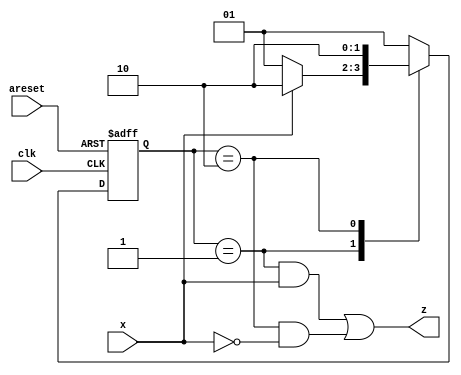
//
//
// https://hdlbits.01xz.net/wiki/Exams/ece241_2014_q5b
//
//

`default_nettype none

module top_module (
    input           clk,
    input           areset,
    input           x,
    output          z
);

    parameter       SA  = 2'b01,
                    SB  = 2'b10;

    reg     [1:0]   state;
    reg     [1:0]   state_next;

    always @(posedge clk, posedge areset) begin
        if (areset)
            state <= SA;
        else
            state <= state_next;
    end

    always @(*) begin
        case (state)
        SA          : state_next = x ? SB : SA;
        SB          : state_next = SB;
        default     : state_next = SA;
        endcase
    end

    assign z = ((state == SA) & x ) | ((state == SB) & ~x);

endmodule